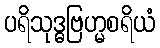
ပရိသုဒ္ဓဗြဟ္မစရိယံ